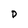
Character: D